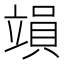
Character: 𥪩